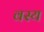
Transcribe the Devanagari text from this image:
वस्य